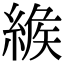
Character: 𦂐